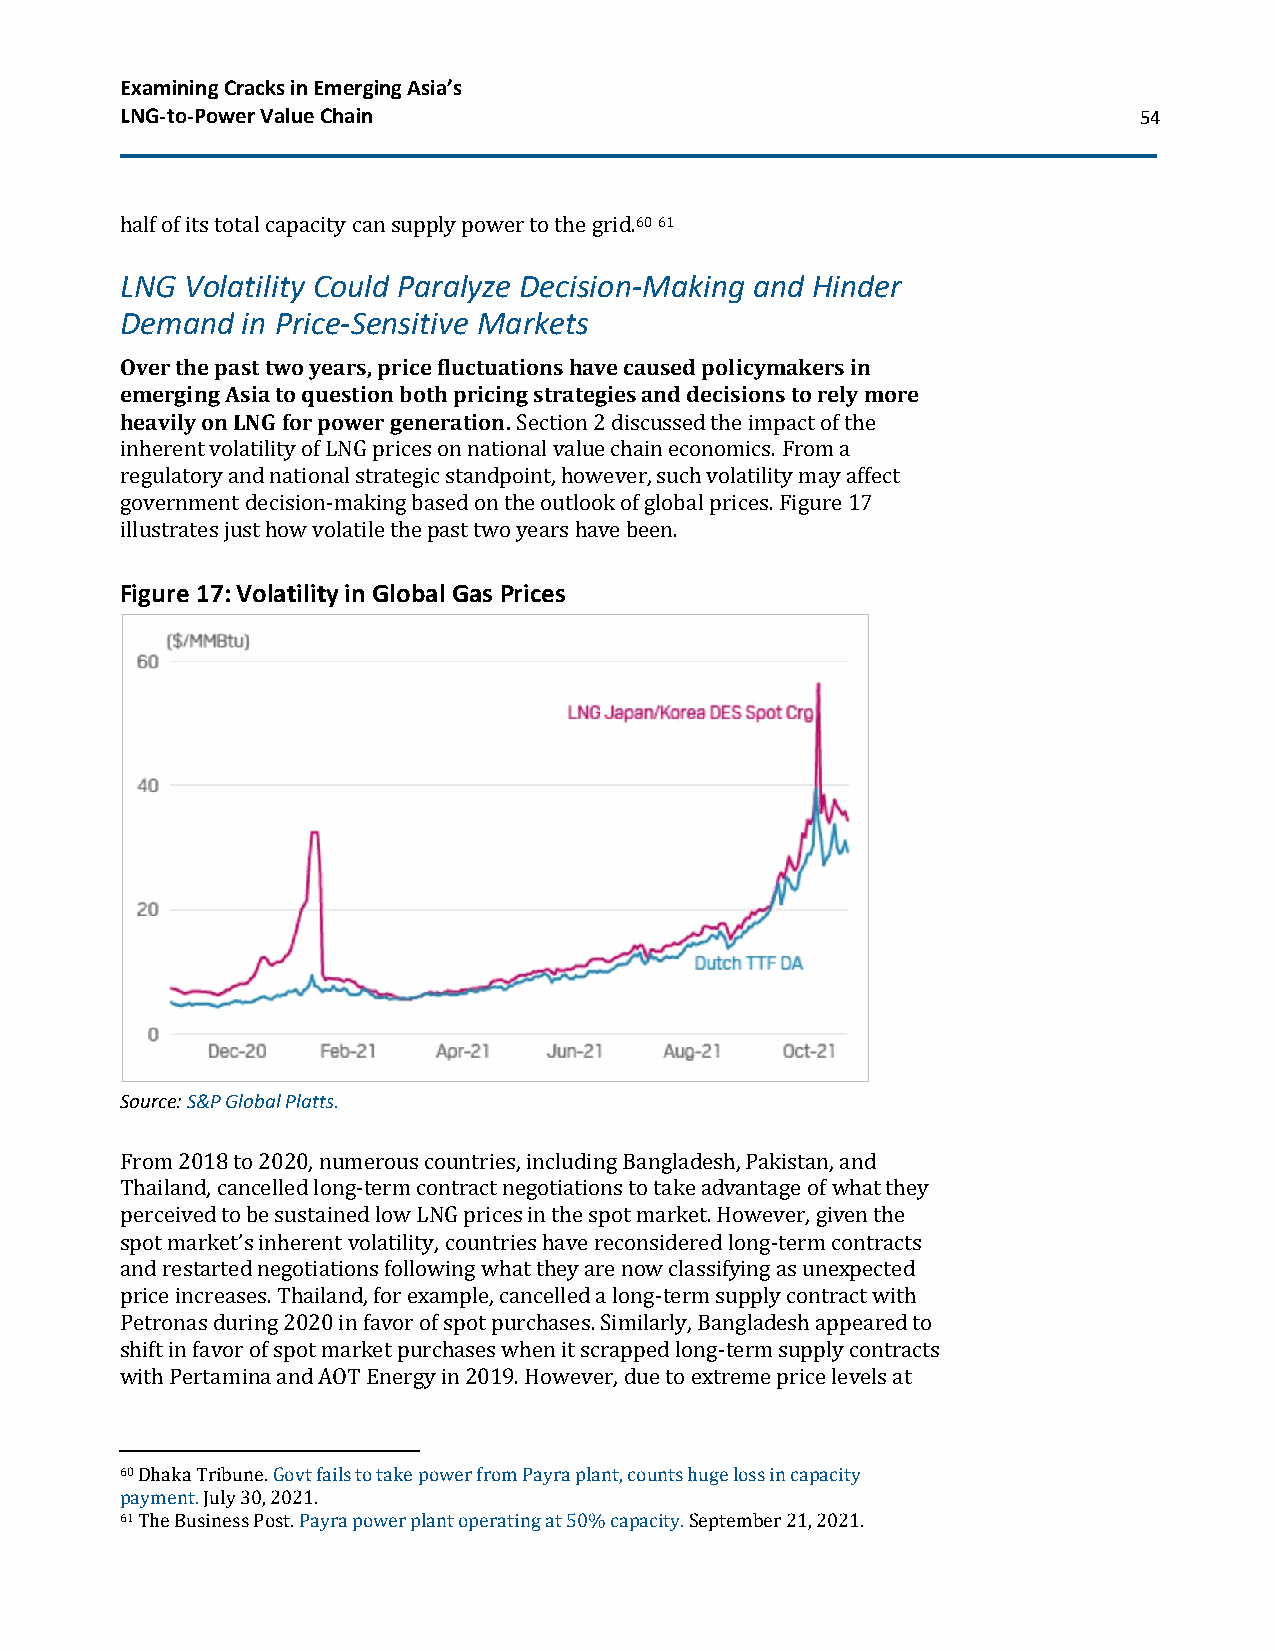
Examining Cracks in Emerging Asia’s
 LNG-to-Power Value Chain                                           54
 half of its total capacity can supply power to the grid.60 61
 LNG Volatility Could Paralyze Decision-Making and Hinder
 Demand  in Price-Sensitive Markets
 Over the past two years, price fluctuations have caused policymakers in
 emerging Asia to question both pricing strategies and decisions to rely more
 heavily on LNG for power generation. Section 2 discussed the impact of the
 inherent volatility of LNG prices on national value chain economics. From a
 regulatory and national strategic standpoint, however, such volatility may affect
 government decision-making based on the outlook of global prices. Figure 17
 illustrates just how volatile the past two years have been.
 Figure 17: Volatility in Global Gas Prices
 Source: S&P Global Platts.
 From 2018 to 2020, numerous countries, including Bangladesh, Pakistan, and
 Thailand, cancelled long-term contract negotiations to take advantage of what they
 perceived to be sustained low LNG prices in the spot market. However, given the
 spot market’s inherent volatility, countries have reconsidered long-term contracts
 and restarted negotiations following what they are now classifying as unexpected
 price increases. Thailand, for example, cancelled a long-term supply contract with
 Petronas during 2020 in favor of spot purchases. Similarly, Bangladesh appeared to
 shift in favor of spot market purchases when it scrapped long-term supply contracts
 with Pertamina and AOT Energy in 2019. However, due to extreme price levels at
 60 Dhaka Tribune. Govt fails to take power from Payra plant, counts huge loss in capacity
 payment. July 30, 2021.
 61 The Business Post. Payra power plant operating at 50% capacity. September 21, 2021.